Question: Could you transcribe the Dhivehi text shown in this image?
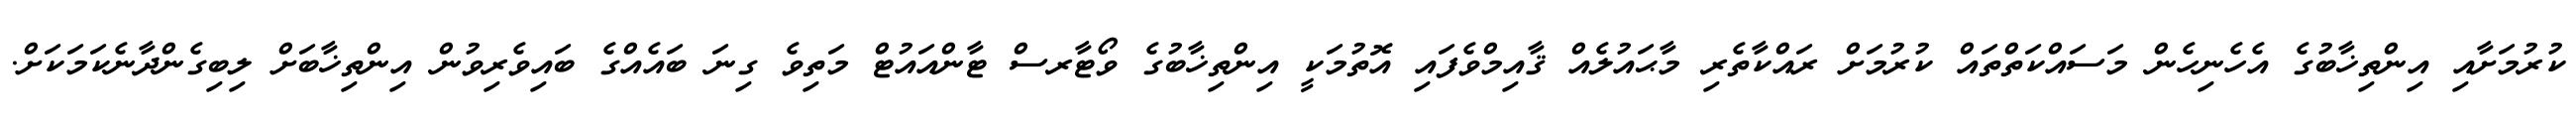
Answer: ކުރުމަށާއި އިންތިޚާބުގެ އެހެނިހެން މަސައްކަތްތައް ކުރުމަށް ރައްކާތެރި މާޙައުލެއް ޤާއިމްވެފައި އޮތުމަކީ އިންތިޚާބުގެ ވޯޓާރސް ޓާންއައުޓް މަތިވެ ގިނަ ބައެއްގެ ބައިވެރިވުން އިންތިޚާބަށް ލިބިގެންދާނެކަމަކަށް.